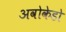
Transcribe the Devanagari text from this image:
अवोकेडो